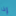
إذا